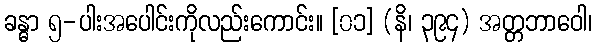
ခန္ဓာ ၅-ပါးအပေါင်းကိုလည်းကောင်း။ [၀၁] (နိ၊ ၃၉၄) အတ္တဘာဝေါ၊